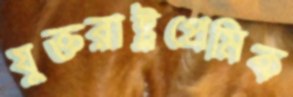
যুক্তরাষ্ট্রপ্রেমিক